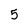
Character: 5